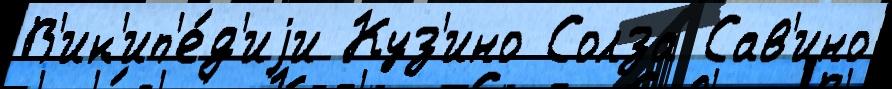
В'ик'ип'е́д'иjи Куз'ино Солза Сав'ино